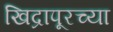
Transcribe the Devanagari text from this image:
खिद्रापूरच्या